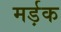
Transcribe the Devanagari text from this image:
मर्ड़क